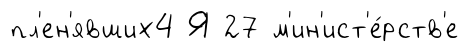
пл'ен'явших4 Я 27 м'ин'ист'е́рств'е